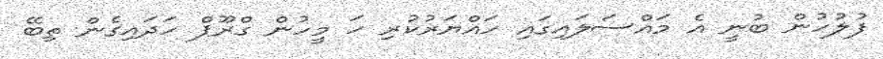
ފުލުހުން ބުނީ އެ މައްސަލައިގައި ހައްޔަރުކުރި ހަ މީހުން ގްރޫޕް ހަދައިގެން ތިބޭ